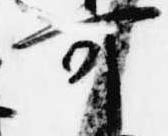
可